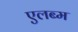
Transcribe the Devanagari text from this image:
एलब्म